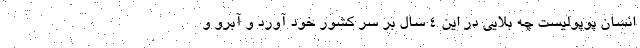
انسان پوپولیست چه بلایی در این ۴ سال بر سر کشور خود آورد و آبرو و